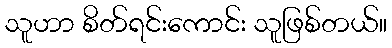
သူဟာ စိတ်ရင်းကောင်း သူဖြစ်တယ်။